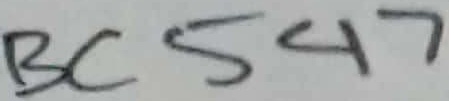
Text: BC547